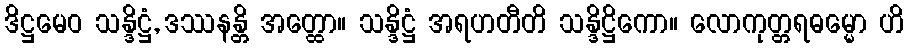
ဒိဋ္ဌမေဝ သန္ဒိဋ္ဌံ, ဒဿနန္တိ အတ္ထော။ သန္ဒိဋ္ဌံ အရဟတီတိ သန္ဒိဋ္ဌိကော။ လောကုတ္တရဓမ္မော ဟိ